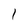
Character: 1